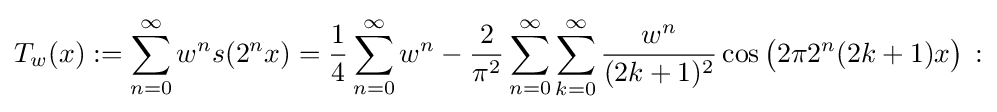
T_{w}(x):=\sum _{n=0}^{\infty }w^{n}s(2^{n}x)={\frac {1}{4}}\sum _{n=0}^{\infty }w^{n}-{\frac {2}{\pi ^{2}}}\sum _{n=0}^{\infty }\sum _{k=0}^{\infty }{\frac {w^{n}}{(2k+1)^{2}}}\cos {\big (}2\pi 2^{n}(2k+1)x{\big )}\,: